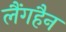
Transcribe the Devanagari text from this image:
लैंगहैन